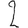
Digit: 2